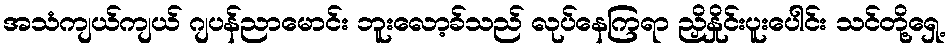
အသံကျယ်ကျယ် ဂျပန်ညာမောင်း ဘူးလော့ခ်သည် လုပ်နေကြရာ ညှိနှိုင်းပူးပေါင်း သင်တို့ရှေ့